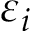
\varepsilon _ { i }